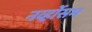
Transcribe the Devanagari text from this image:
नर्व्होसम